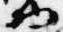
物